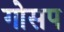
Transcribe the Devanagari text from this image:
गोसप